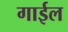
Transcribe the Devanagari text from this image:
गाईल